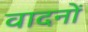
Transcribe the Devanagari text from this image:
वादनों